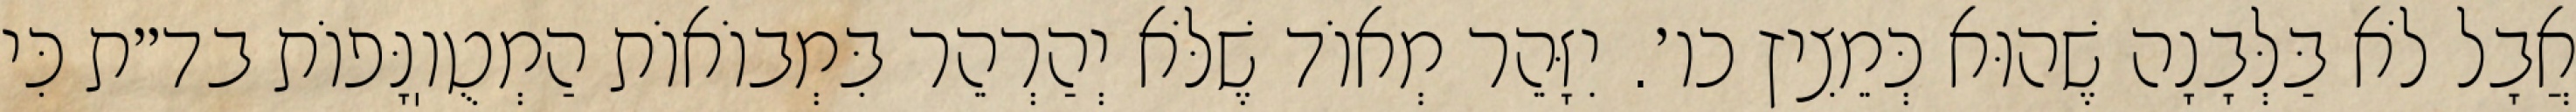
אֲבָל לֹא בַּלְּבָנָה שֶׁהוּא כְּמֵצִיץ כו׳. יִזָּהֵר מְאוֹד שֶׁלֹּא יְהַרְהֵר בִּמְבוֹאוֹת הַמְטֻוֽנָּפוֹת בד״ת כִּי